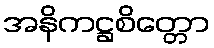
အနိကဋ္ဌစိတ္တော